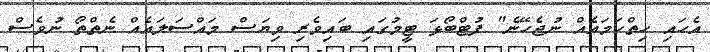
އެހައި ހިތްހަމައެއް ނުޖެހޭނެ" ފުޓްބޯޅަ ޓީމުގައި ބައިވެރި ވިޔަސް މައްސަލައެއް ނެތްތޯ ނުވެސް